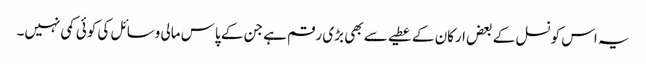
یہ اس کونسل کے بعض ارکان کے عطیے سے بھی بڑی رقم ہے جن کے پاس مالی وسائل کی کوئی کمی نہیں۔